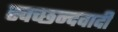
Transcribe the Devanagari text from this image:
स्वच्छन्दवादी